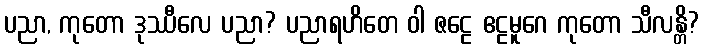
ပညာ, ကုတော ဒုဿီလေ ပညာ? ပညာရဟိတေ ဝါ ဇဠေ ဧဠမူဂေ ကုတော သီလန္တိ?